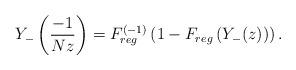
LaTeX: \begin{align*}Y_{-}\left(\frac{-1}{Nz}\right)=F^{(-1)}_{reg}\left(1-F_{reg}\left(Y_{-}(z)\right)\right).\end{align*}